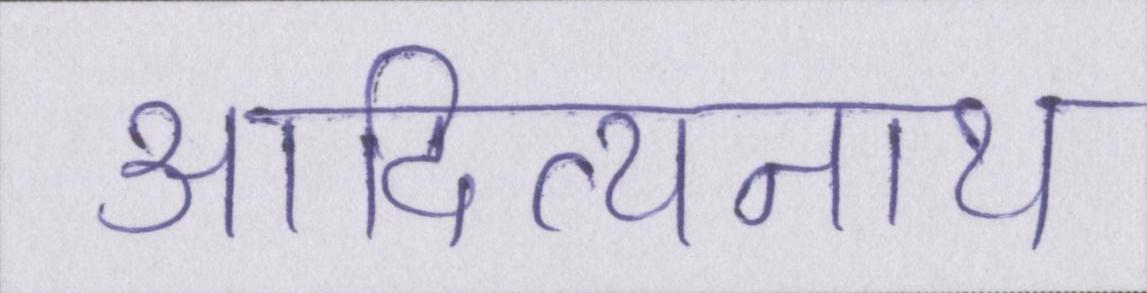
आदित्यनाथ